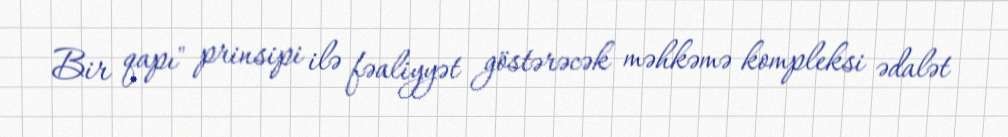
Bir qapı" prinsipi ilə fəaliyyət göstərəcək məhkəmə kompleksi ədalət